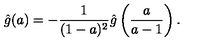
\hat { g } ( a ) = - { \frac { 1 } { ( 1 - a ) ^ { 2 } } } \hat { g } \left( { \frac { a } { a - 1 } } \right) .